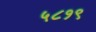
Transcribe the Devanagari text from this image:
५८१९